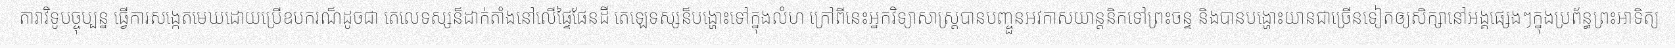
តារាវិទូបច្ចុប្បន្ន ធ្វើការសង្កេតមេឃដោយប្រើឧបករណ៏ដូចជា តេលេទស្សន៏ដាក់តាំងនៅលើផ្ទៃផែនដី តេឡេទស្សន៏បង្ហោះទៅក្នុងលំហ ក្រៅពីនេះអ្នកវិទ្យាសាស្ត្របានបញ្ចួនអវកាសយាន្តនិកទៅព្រះចន្ទ និងបានបង្ហោះយានជាច្រើនទៀតឲ្យសិក្សានៅអង្គផ្សេងៗក្នុងប្រព័ន្ធព្រះអាទិត្យ